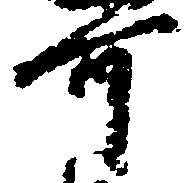
可